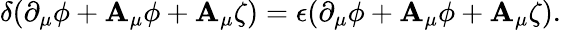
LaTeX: \delta(\partial_{\mu}\phi+\mathbf{A}_{\mu}\phi+\mathbf{A}_{\mu}\zeta)=\epsilon(\partial_{\mu}\phi+\mathbf{A}_{\mu}\phi+\mathbf{A}_{\mu}\zeta).